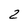
Character: 2